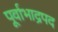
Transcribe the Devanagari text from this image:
पूर्वाभाद्रपद